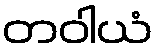
တဝါယံ